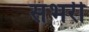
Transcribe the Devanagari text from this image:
संभरी